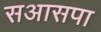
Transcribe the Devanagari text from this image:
सआसपा